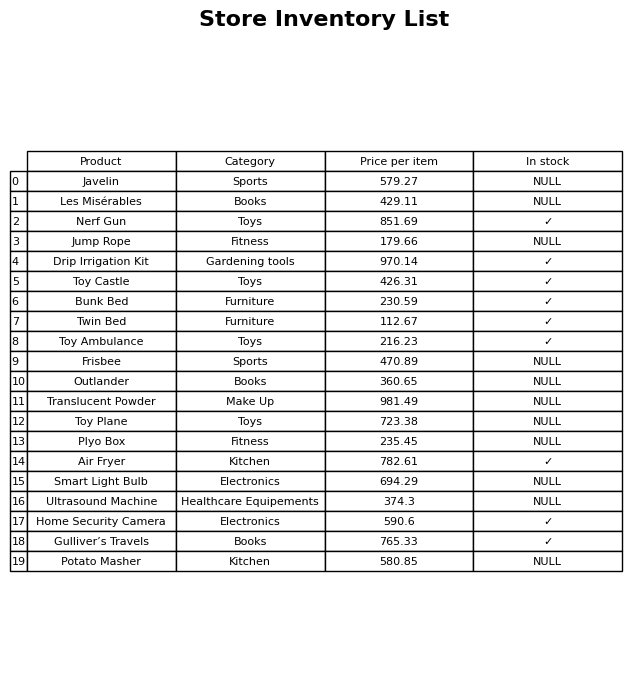
question: What is the price of the Les Misérables?
answer: The price of Les Misérables is 429.11.